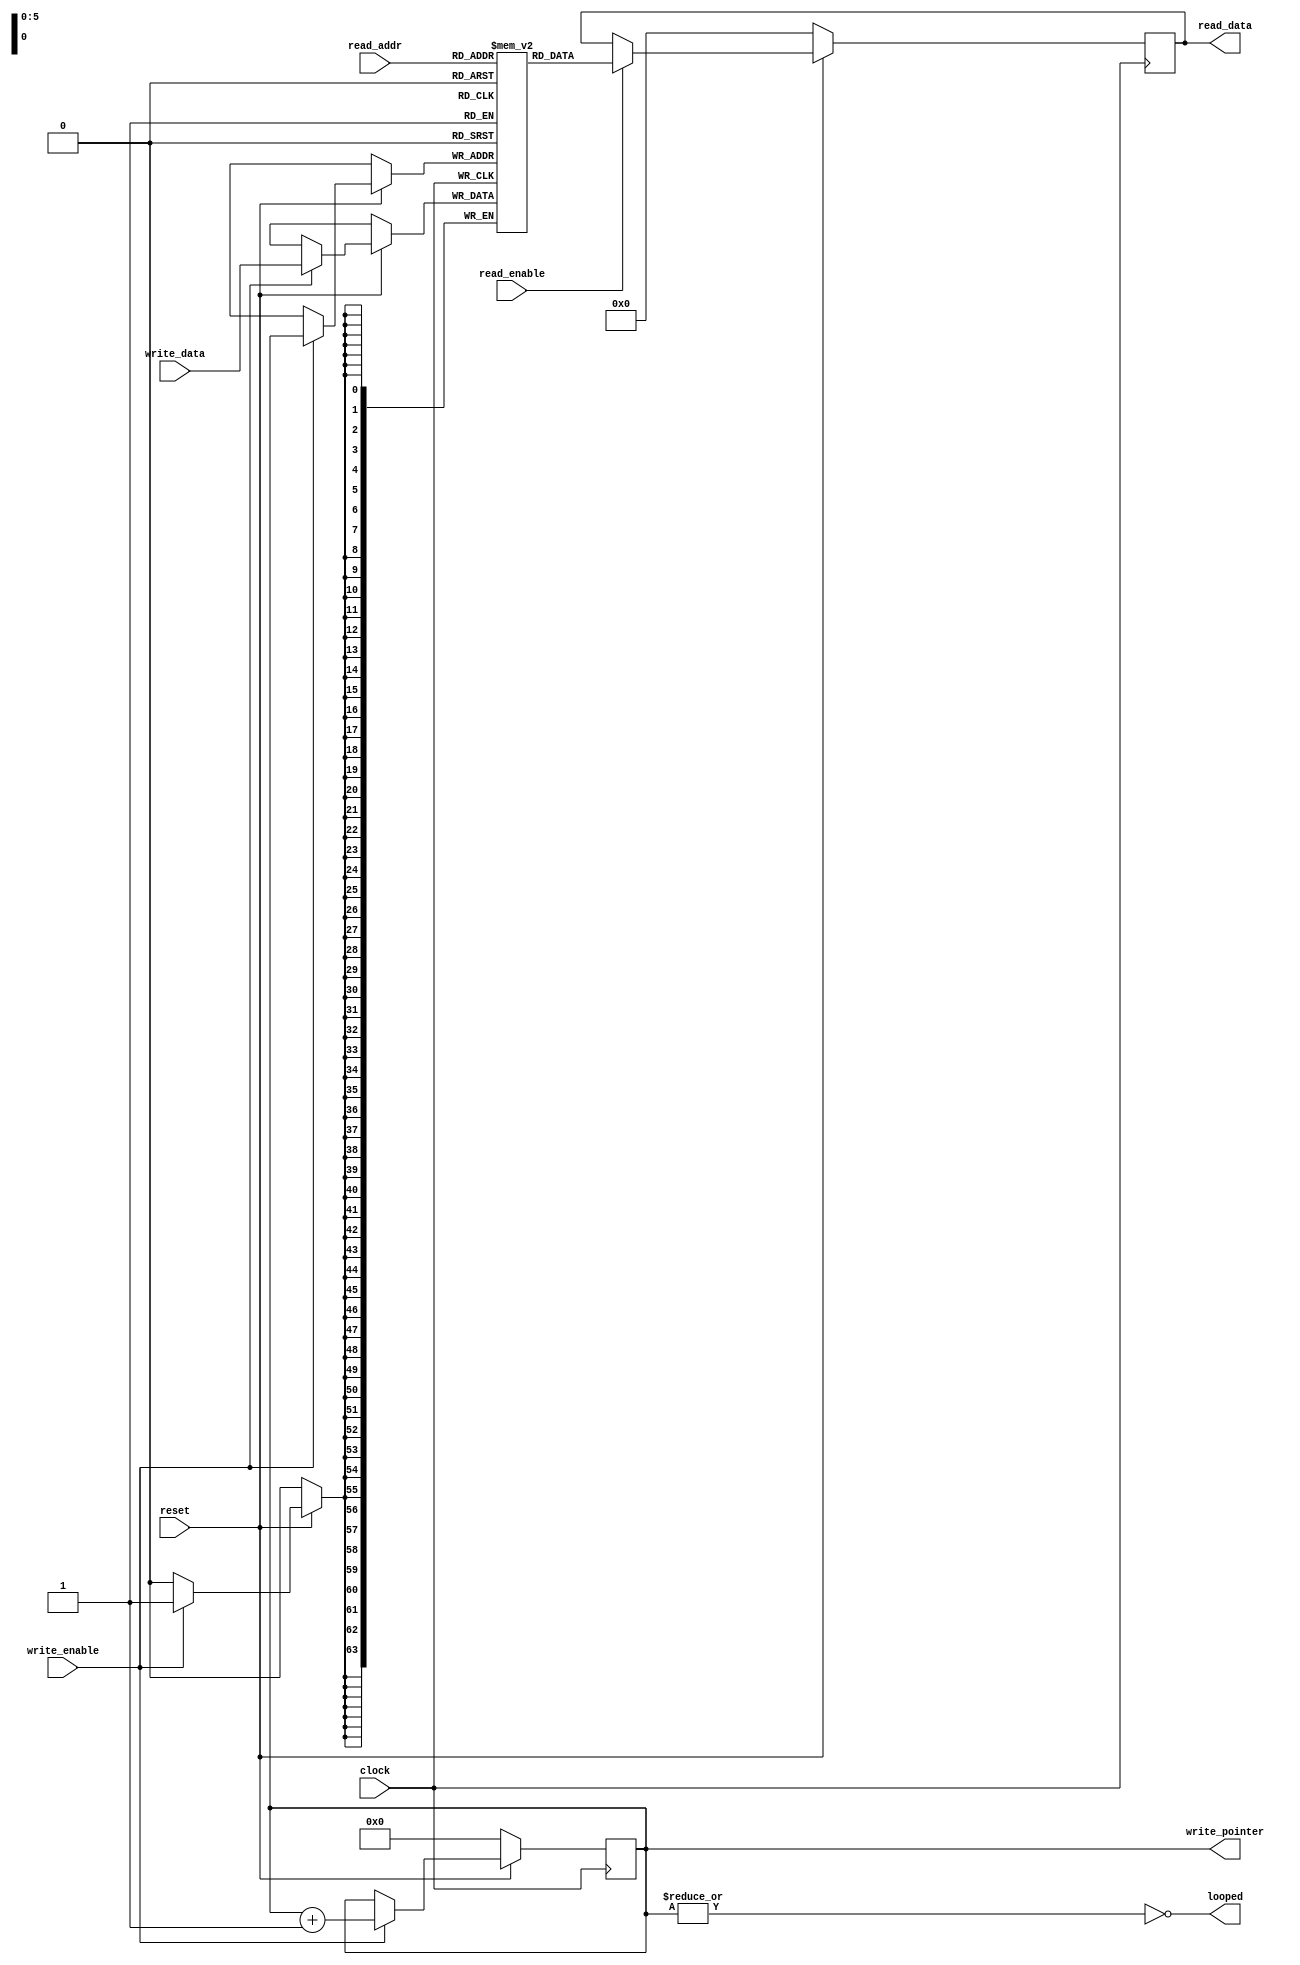
// The actual spy buffer memory block.
// This block contains the "circular buffer" which stores
// words from events as they transit the spy buffer.

// It is an RTL-only implementation that MUST obviously be redone
// to use block RAM on the FPGA, eventually.

// For now, we "trust" that the read and write pointers can't
// be asserted simultaneously.
// But it actually does not mtater if they are.

// Ben Rosser <bjr@sas.upenn.edu>


`default_nettype none

module SpyMemory #(
    parameter WIDTH=6,

    // Width of the actual data.
    parameter DATAWIDTH=64
) (
    input wire clock,
    input wire reset,

    // Write enable and write data.
    input wire write_enable,
    input wire [DATAWIDTH-1:0] write_data,

    // Address to read.
    input wire [WIDTH-1:0] read_addr,
    input wire read_enable,

    // Output containing the "write pointer"
    // current position.
    output wire [WIDTH-1:0] write_pointer,

    // Output containing the result of the read command.
    output reg [DATAWIDTH-1:0] read_data,

    // Output wire that toggles when occupancy == 0.
    output wire looped
);

    localparam SIZE = 1 << WIDTH;

    // Memory block.
    reg [DATAWIDTH-1:0] memory [0:SIZE-1];

    // Write pointer.
    reg [WIDTH-1:0] wptr;

    // Continuously update output write pointer.
    assign write_pointer = wptr;

    // Continuously update the "looped" flag.
    // Fire this *when we have looped*, not before.
    assign looped = (~| wptr);

    // Handle writes to memory.
    always @(posedge clock) begin
        if (!reset) begin
            wptr <= 0;
        end else begin
            if (write_enable) begin
                memory[wptr] <= write_data;
                wptr <= wptr + 1;
            end
        end
    end

    // Handle reads from the memory.
    // We don't care about whether the buffer is "full" or "empty".
    // We just assign "rptr" = the read address requested.
    // There's a race condition here if wptr = read_addr. I think it's
    // okay if we require that never happen.
    always @(posedge clock) begin
        if (!reset) begin
            read_data <= 0;
        end else begin
            if (read_enable) begin
                read_data <= memory[read_addr];
            end
        end
    end

endmodule